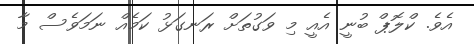
އެވެ. ކްލޮޕް ބުނީ އެއީ މި ވަގުތަށް ރަނގަޅު ކަމެއް ނަމަވެސް މާ